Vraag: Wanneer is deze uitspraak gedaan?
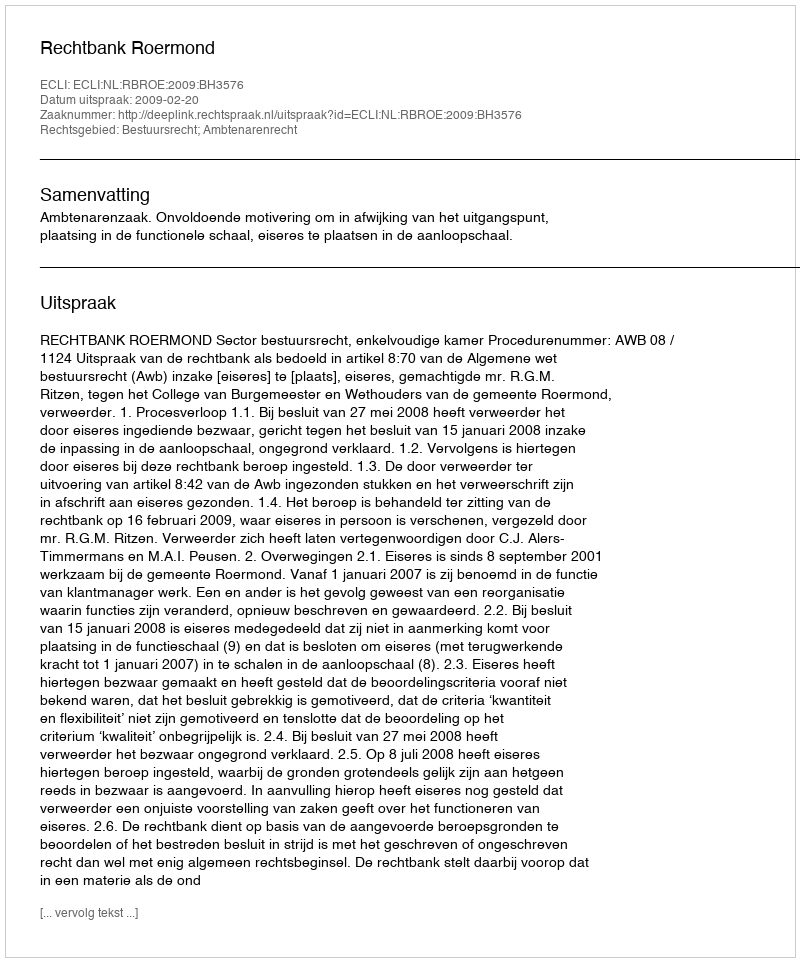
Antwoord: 2009-02-20